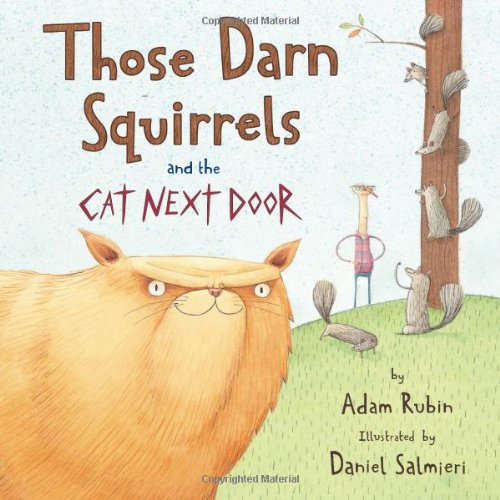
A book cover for Those Darn Squirrels and the Cat Next Door; Adam Rubin; Children's Books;